Leaving Certificate Examination (including Day School Certificate (Higher) General paper), 1932
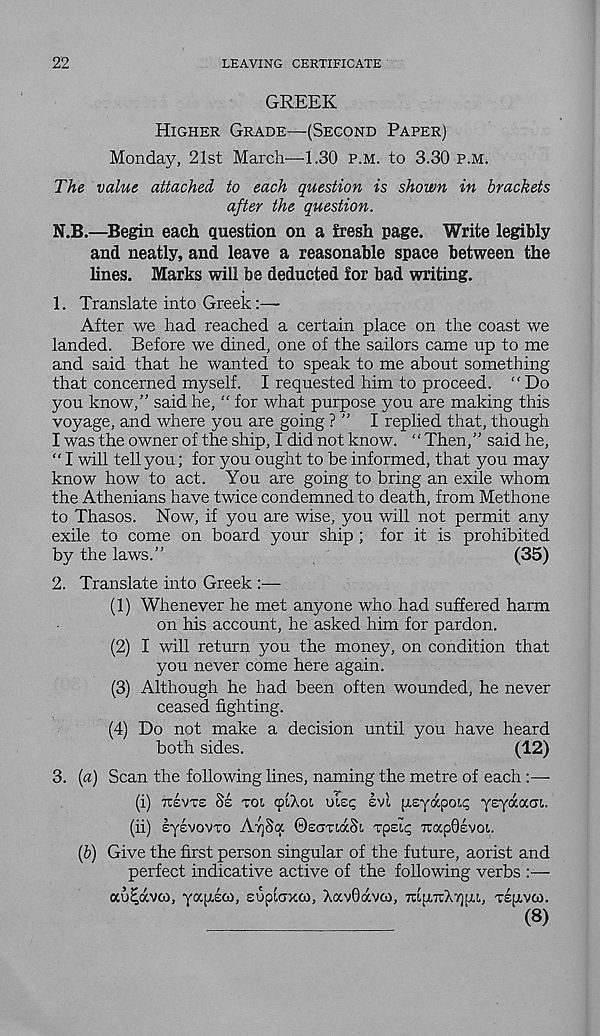
22
LEAVING CERTIFICATE
GREEK
HIGHER GRADE—(SECOND PAPER)
Monday, 21st March—1.30 P.M. to 3.30 P.M.
The value attached to each question is shown in brackets
after the question.
N.B.—Begin each question on a fresh page. Write legibly
and neatly, and leave a reasonable space between the
hues. Marks will be deducted for bad writing.
1. Translate into Greek:—
After we had reached a certain place on the coast we
landed. Before we dined, one of the sailors came up to me
and said that he wanted to speak to me about something
that concerned myself. I requested him to proceed. "Do
you know,” said he, “ for what purpose you are making this
voyage, and where you are going ? ” I replied that, though
I was the owner of the ship, I did not know. “ Then,” said he,
" I will tell you; for you ought to be informed, that you may
know how to act. You are going to bring an exile whom
the Athenians have twice condemned to death, from Methone
to Thasos. Now, if you are wise, you will not permit any
exile to come on board your ship ; for it is prohibited
by the laws.”
(35)
2. Translate into Greek :—-
(1) Whenever he met anyone who had suffered harm
on his account, he asked him for pardon.
(2) I will return you the money, on condition that
you never come here again.
(3) Although he had been often wounded, he never
ceased fighting.
(4) Do not make a decision until you have heard
both sides.
(12)
3. [a) Scan the following lines, naming the metre of each
(i) TUSVTE 8s TOI iplAot. uis? svl psyapot,^ ysyaacit..
(ii) EysvovTO AyjSa ©scmdcSt. TpEit; TcapGEvoi.
(b) Give the first person singular of the future, aorist and
perfect indicative active of the following verbs :—
au^avco, yapsco, suplaxco, XavGavco, 7ttp7rA7]pt,, Tepvco.
(8)